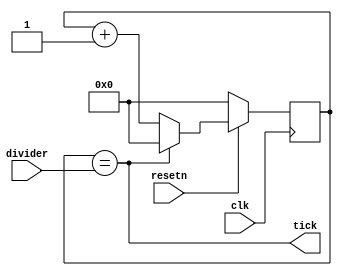
// SPDX-License-Identifier: ISC
`default_nettype none

/*
Generate a divided clock that continually runs.
*/
module clock_divider #(parameter divider_bits = 8)
(
  input resetn,
  input [divider_bits-1:0] divider,
  output tick,
  input clk
);

  reg [divider_bits-1:0] accum;

  assign tick = (accum == divider);

  always @(posedge clk) begin
    if (!resetn) begin
      accum <= 0;
    end else begin
      if (accum == divider) accum <= 0;
      else accum <= accum + 1'b1;
    end
  end

endmodule